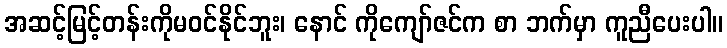
အဆင့်မြင့်တန်းကိုမဝင်နိုင်ဘူး၊ နောင် ကိုကျော်ဇင်က စာ ဘက်မှာ ကူညီပေးပါ။